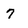
Character: 7